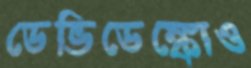
ডেভিডেঙ্কোও